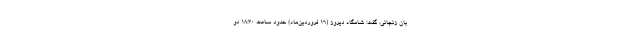
بان زنجانی، گفت: شامگاه دیروز (۱۶ فروردین‌ماه) حدود ساعت ۱۸:۳۰ دو